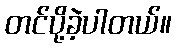
တင်ပို့ခဲ့ပါတယ်။